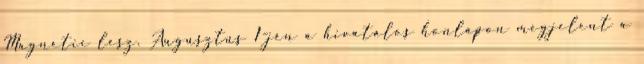
Magnetic lesz. Augusztus 1-jén a hivatalos honlapon megjelent a